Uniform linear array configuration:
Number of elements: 48
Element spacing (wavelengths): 0.25
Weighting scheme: hann
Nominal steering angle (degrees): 45
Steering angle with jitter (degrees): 44.013
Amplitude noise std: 0.05
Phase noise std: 0.05

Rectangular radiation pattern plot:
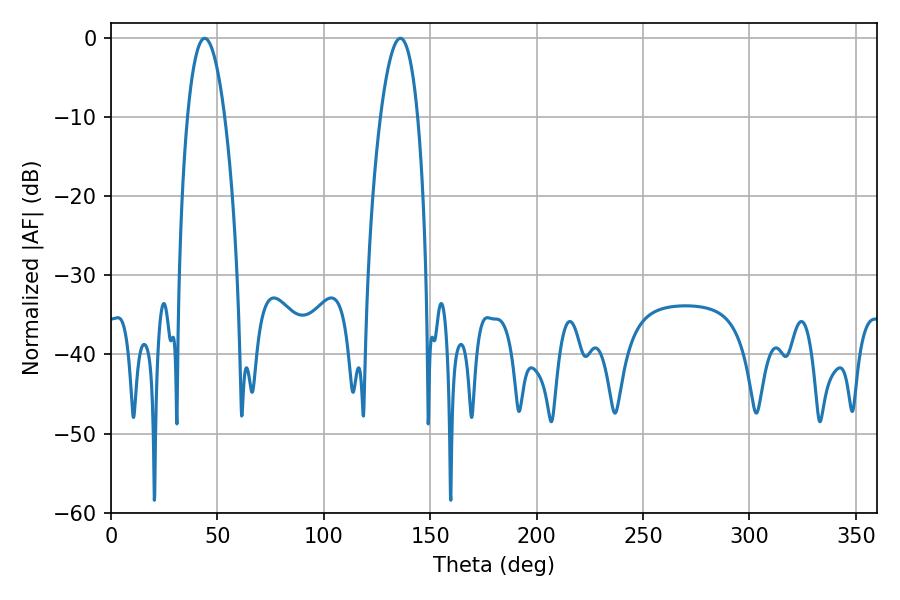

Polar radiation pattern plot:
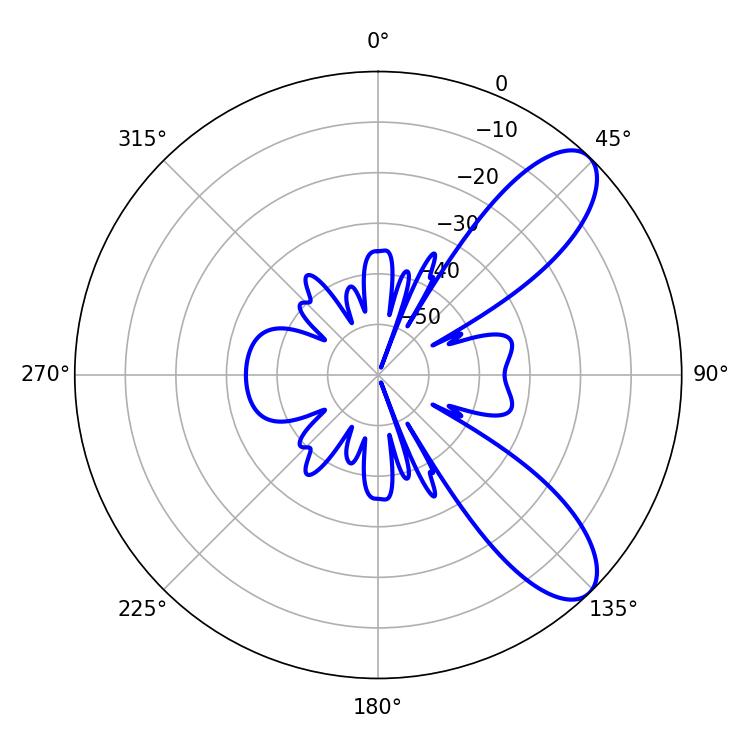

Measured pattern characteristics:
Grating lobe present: FALSE
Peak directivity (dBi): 8.98
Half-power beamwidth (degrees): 9.72
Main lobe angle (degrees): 44.1